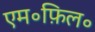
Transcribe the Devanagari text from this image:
एम॰फ़िल॰